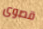
قصوى